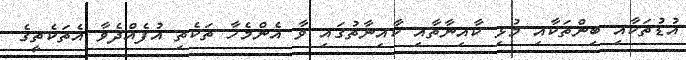
އުޑުތަކާއި ބިންތަކާއި މުޅި ކާއިނާތާއި ކާއިނާތުގައި ވާ އެންމެހާ ތަކެތި އުފެއްދެވާ އެތަކެތީގެ